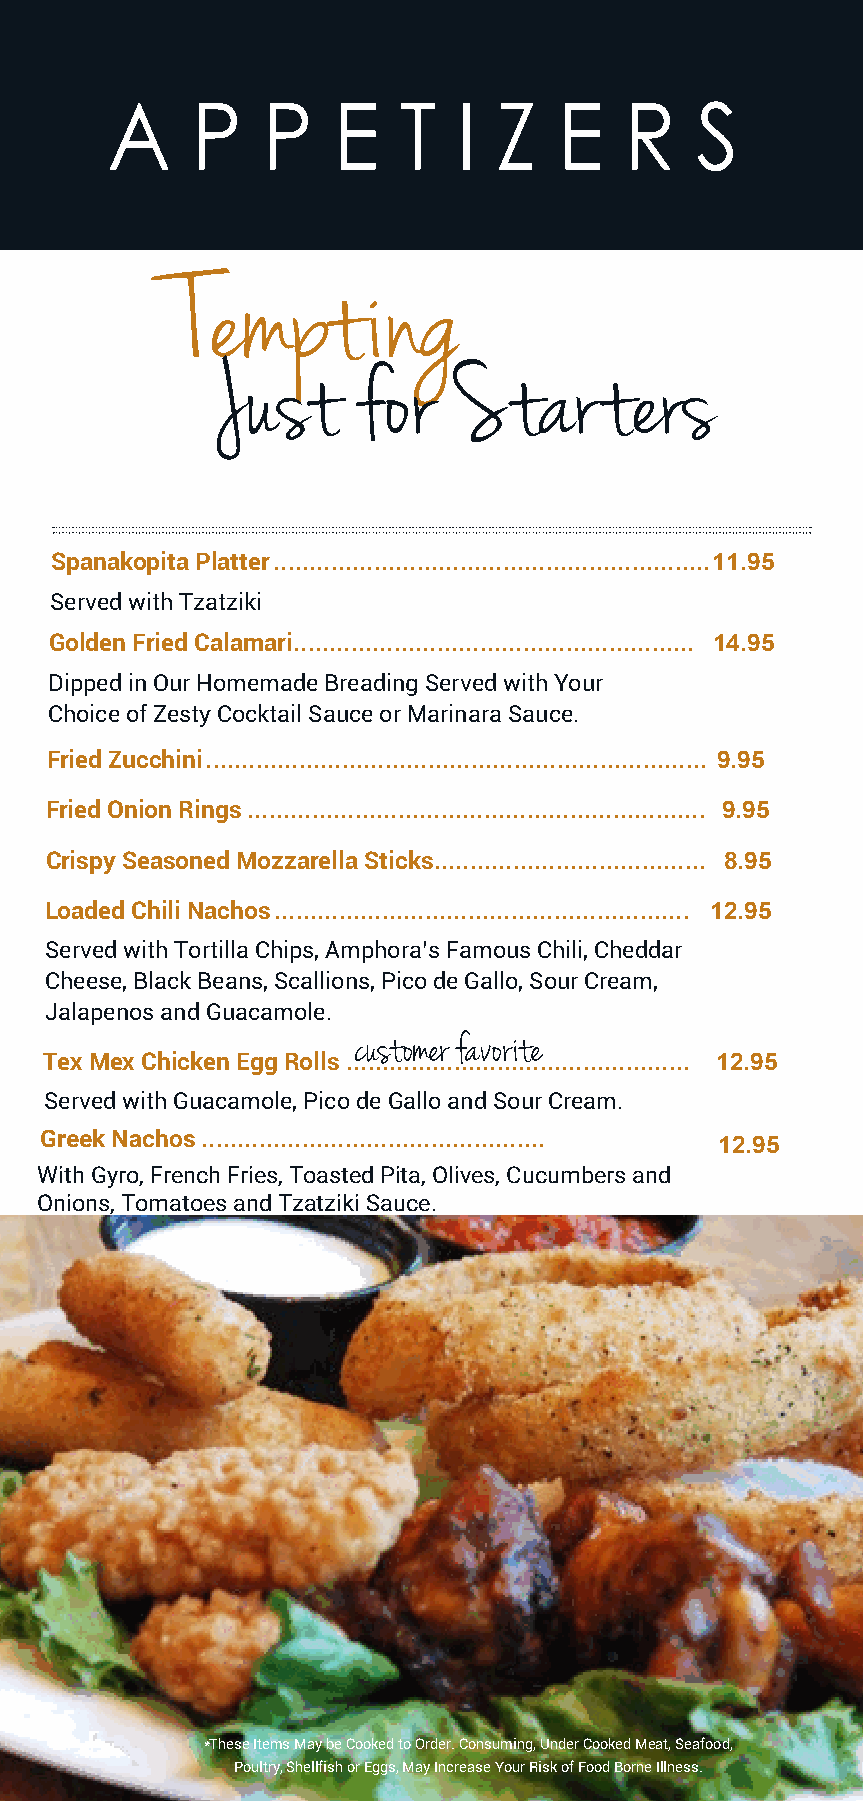
A     P   P    E   T   I  Z   E   R    S
 Tempting
 Just      for   Starters
 Spanakopita Platter .............................................................11.95
 Served with Tzatziki
 Golden Fried Calamari........................................................ 14.95
 Dipped in Our Homemade Breading Served with Your
 Choice of Zesty Cocktail Sauce or Marinara Sauce.
 Fried Zucchini ...................................................................... 9.95
 Fried Onion Rings ................................................................ 9.95
 Crispy Seasoned Mozzarella Sticks...................................... 8.95
 Loaded Chili Nachos .......................................................... 12.95
 Served with Tortilla Chips, Amphora’s Famous Chili, Cheddar
 Cheese, Black Beans, Scallions, Pico de Gallo, Sour Cream,
 Jalapenos and Guacamole.
 customer favorite
 Tex Mex Chicken Egg Rolls ................................................ 12.95
 Served with Guacamole, Pico de Gallo and Sour Cream.
 Greek Nachos ................................................
 12.95
 With Gyro, French Fries, Toasted Pita, Olives, Cucumbers and
 Onions, Tomatoes and Tzatziki Sauce.
 2        *These Items May be Cooked to Order. Consuming, Under Cooked Meat, Seafood,
 Poultry, Shellfish or Eggs, May Increase Your Risk of Food Borne Illness. DEC 2021